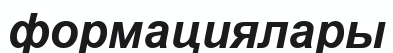
формациялары